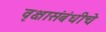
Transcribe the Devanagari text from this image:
वृक्षासंबंधीचे